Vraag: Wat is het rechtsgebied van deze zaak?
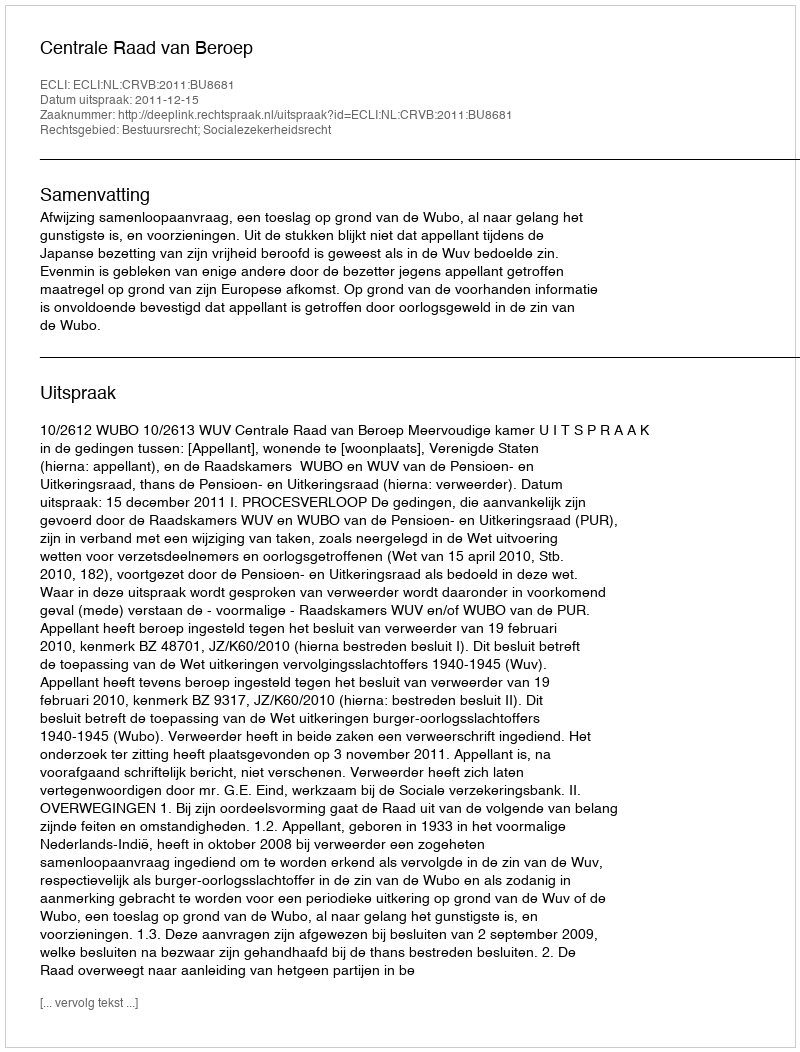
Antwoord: Bestuursrecht; Socialezekerheidsrecht